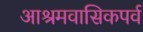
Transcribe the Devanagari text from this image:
आश्रमवासिकपर्व